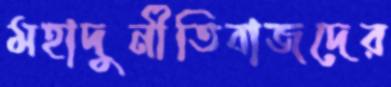
মহাদুর্নীতিবাজদের